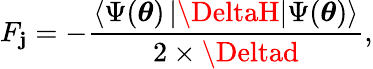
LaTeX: F_{\mathbf{j}}=-\frac{{\left\langle\Psi(\boldsymbol{\theta})\left|\DeltaH\right|\Psi(\boldsymbol{\theta})\right\rangle}}{{2\times\Deltad}},